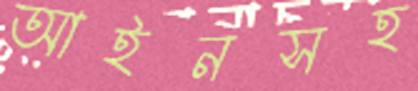
আইনসহ